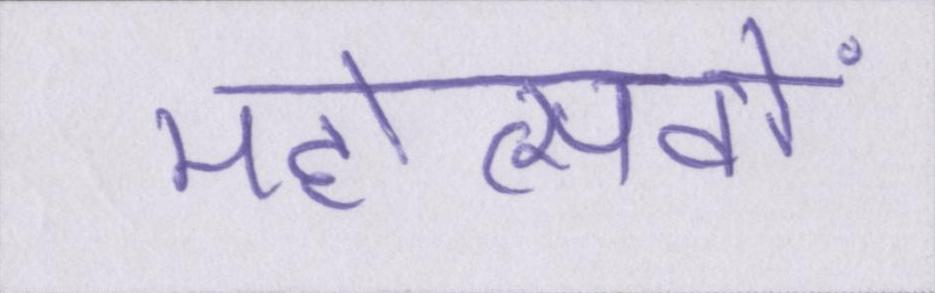
महोत्सवों